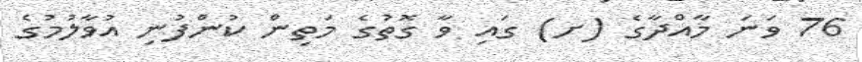
76 ވަނަ މާއްދާގެ (ށ) ގައި ވާ ގޮތުގެ މަތިން ކުންފުނި އުވާލުމުގެ